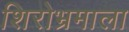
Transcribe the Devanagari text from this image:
शिरोभ्रमाला